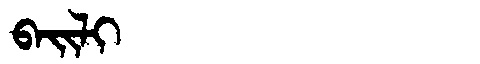
Manchu: ᠪᠠᡳᠯᡳ
Romanization: BAILI